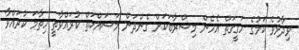
ވިދާޅުވެ ކަމުގެ ހަގީގަތް އެހެން މިސްރާބަކަށް ގެންދަން މަސައްކަތް ކުރައްވާތީ ހިތާމަ ކުރައްވާ